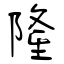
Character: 隆